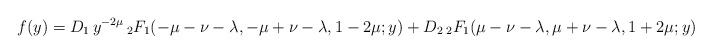
\begin{align*}f(y)=D_1 \, y^{-2\mu} \, {_2F_1}(-\mu-\nu-\lambda,-\mu+\nu-\lambda,1-2\mu;y)+D_2 \, {_2F_1}(\mu-\nu-\lambda,\mu+\nu-\lambda,1+2\mu;y)\end{align*}